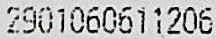
2901060611206